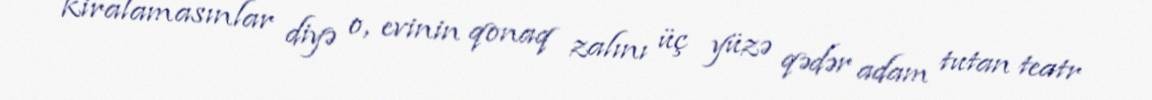
kiralamasınlar diyə o, evinin qonaq zalını üç yüzə qədər adam tutan teatr